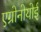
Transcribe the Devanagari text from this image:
एग्रोनोयोई